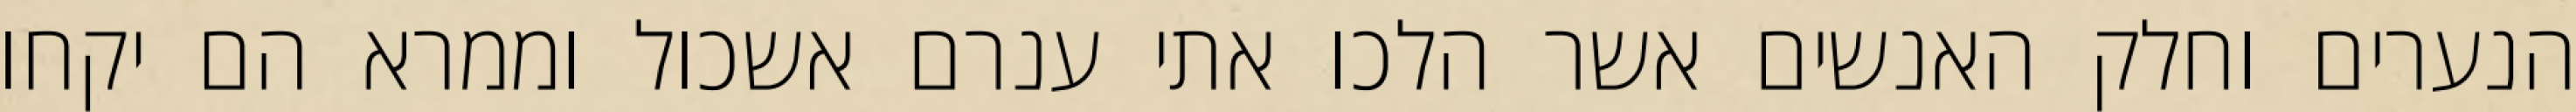
הנערים וחלק האנשים אשר הלכו אתי ענרם אשכול וממרא הם יקחו